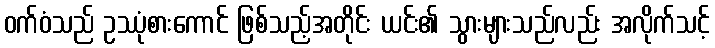
ဝက်ဝံသည် ဥဿုံစားကောင် ဖြစ်သည့်အတိုင်း ယင်း၏ သွားများသည်လည်း အလိုက်သင့်